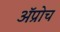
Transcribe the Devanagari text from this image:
अॅप्रोच